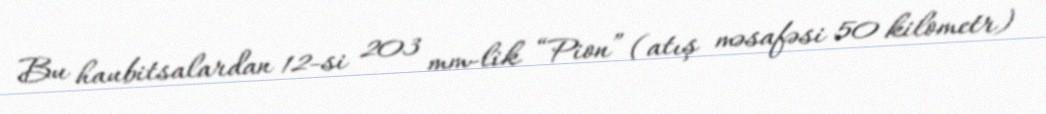
Bu haubitsalardan 12-si 203 mm-lik “Pion” (atış məsafəsi 50 kilometr)